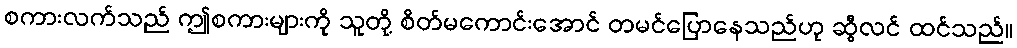
စကားလက်သည် ဤစကားများကို သူတို့ စိတ်မကောင်းအောင် တမင်ပြောနေသည်ဟု ဆွီလင် ထင်သည်။